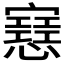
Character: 𢤑